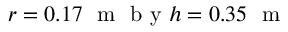
r = 0 . 1 7 ~ \mathrm { ~ m ~ } \mathrm { ~ b ~ y ~ } h = 0 . 3 5 ~ \mathrm { ~ m ~ }